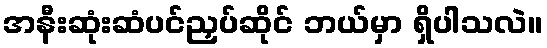
အနီးဆုံးဆံပင်ညှပ်ဆိုင် ဘယ်မှာ ရှိပါသလဲ။